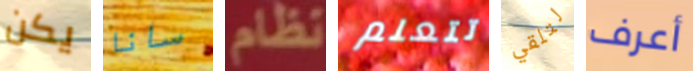
يكن سانا نظام تتعلم لتلقي أعرف